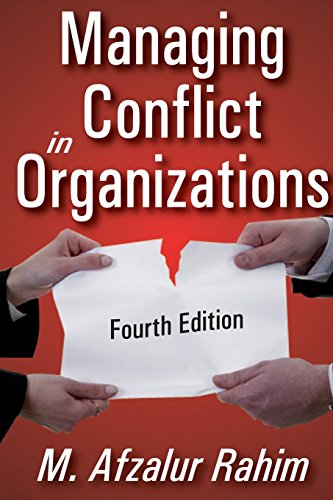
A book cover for Managing Conflict in Organizations; M. Afzalur Rahim; Business & Money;